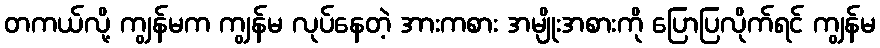
တကယ်လို့ ကျွန်မက ကျွန်မ လုပ်နေတဲ့ အားကစား အမျိုးအစားကို ပြောပြလိုက်ရင် ကျွန်မ